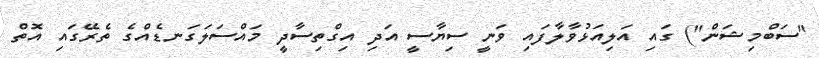
"ސަބްމިޝަން") ގައި އަލިއަޅުވާލާފައި ވަނީ ސިޔާސީ އަދި އިގްތިސާދީ މައްސަލަގަނޑެއްގެ ތެރޭގައި އޮތް